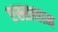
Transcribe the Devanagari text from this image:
एस्सलाम